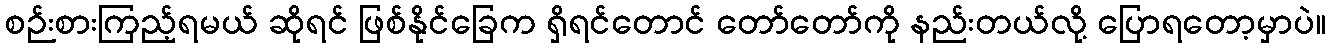
စဉ်းစားကြည့်ရမယ် ဆိုရင် ဖြစ်နိုင်ခြေက ရှိရင်တောင် တော်တော်ကို နည်းတယ်လို့ ပြောရတော့မှာပဲ။